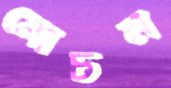
মোচন